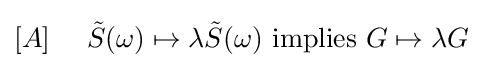
[A]\ \ \ \ {\tilde {S}}(\omega )\mapsto \lambda {\tilde {S}}(\omega ){\text{ implies }}G\mapsto \lambda G